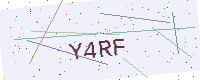
Text: Y4RF